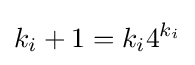
k_{i}+1=k_{i}4^{k_{i}}